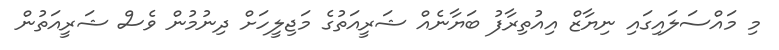
މި މައްސަލައިގައި ނިޔާޒް އިއުތިރާފު ބަޔާނެއް ޝަރީއަތުގެ މަޖިލީހަށް ދިނުމުން ވެސް ޝަރީއަތުން